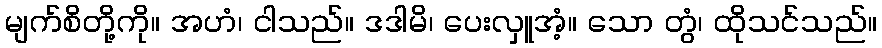
မျက်စိတို့ကို။ အဟံ၊ ငါသည်။ ဒဒါမိ၊ ပေးလှူအံ့။ သော တွံ၊ ထိုသင်သည်။